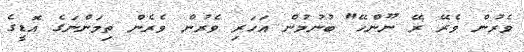
ވެރުން ވެރޭ ރޭ ނޫންހޭ" ބުނުމުން އަހަރި ވެރުން ވެރެން ތިމަންނަގެ އޮޑީގެ